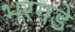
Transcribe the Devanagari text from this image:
भरगडे